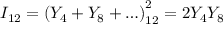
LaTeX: I _ { 1 2 } = \left( Y _ { 4 } + Y _ { 8 } + \ldots \right) _ { 1 2 } ^ { 2 } = 2 Y _ { 4 } Y _ { 8 }